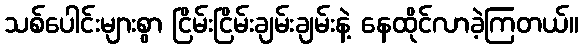
သစ်ပေါင်းများစွာ ငြိမ်းငြိမ်းချမ်းချမ်းနဲ့ နေထိုင်လာခဲ့ကြတယ်။